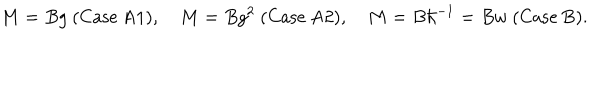
LaTeX: M = B g \ \mathrm { ( C a s e ~ A 1 ) } , \quad M = B g ^ { 2 } \ \mathrm { ( C a s e ~ A 2 ) } , \quad M = B \hbar ^ { - 1 } = B w \ \mathrm { ( C a s e ~ B ) } .